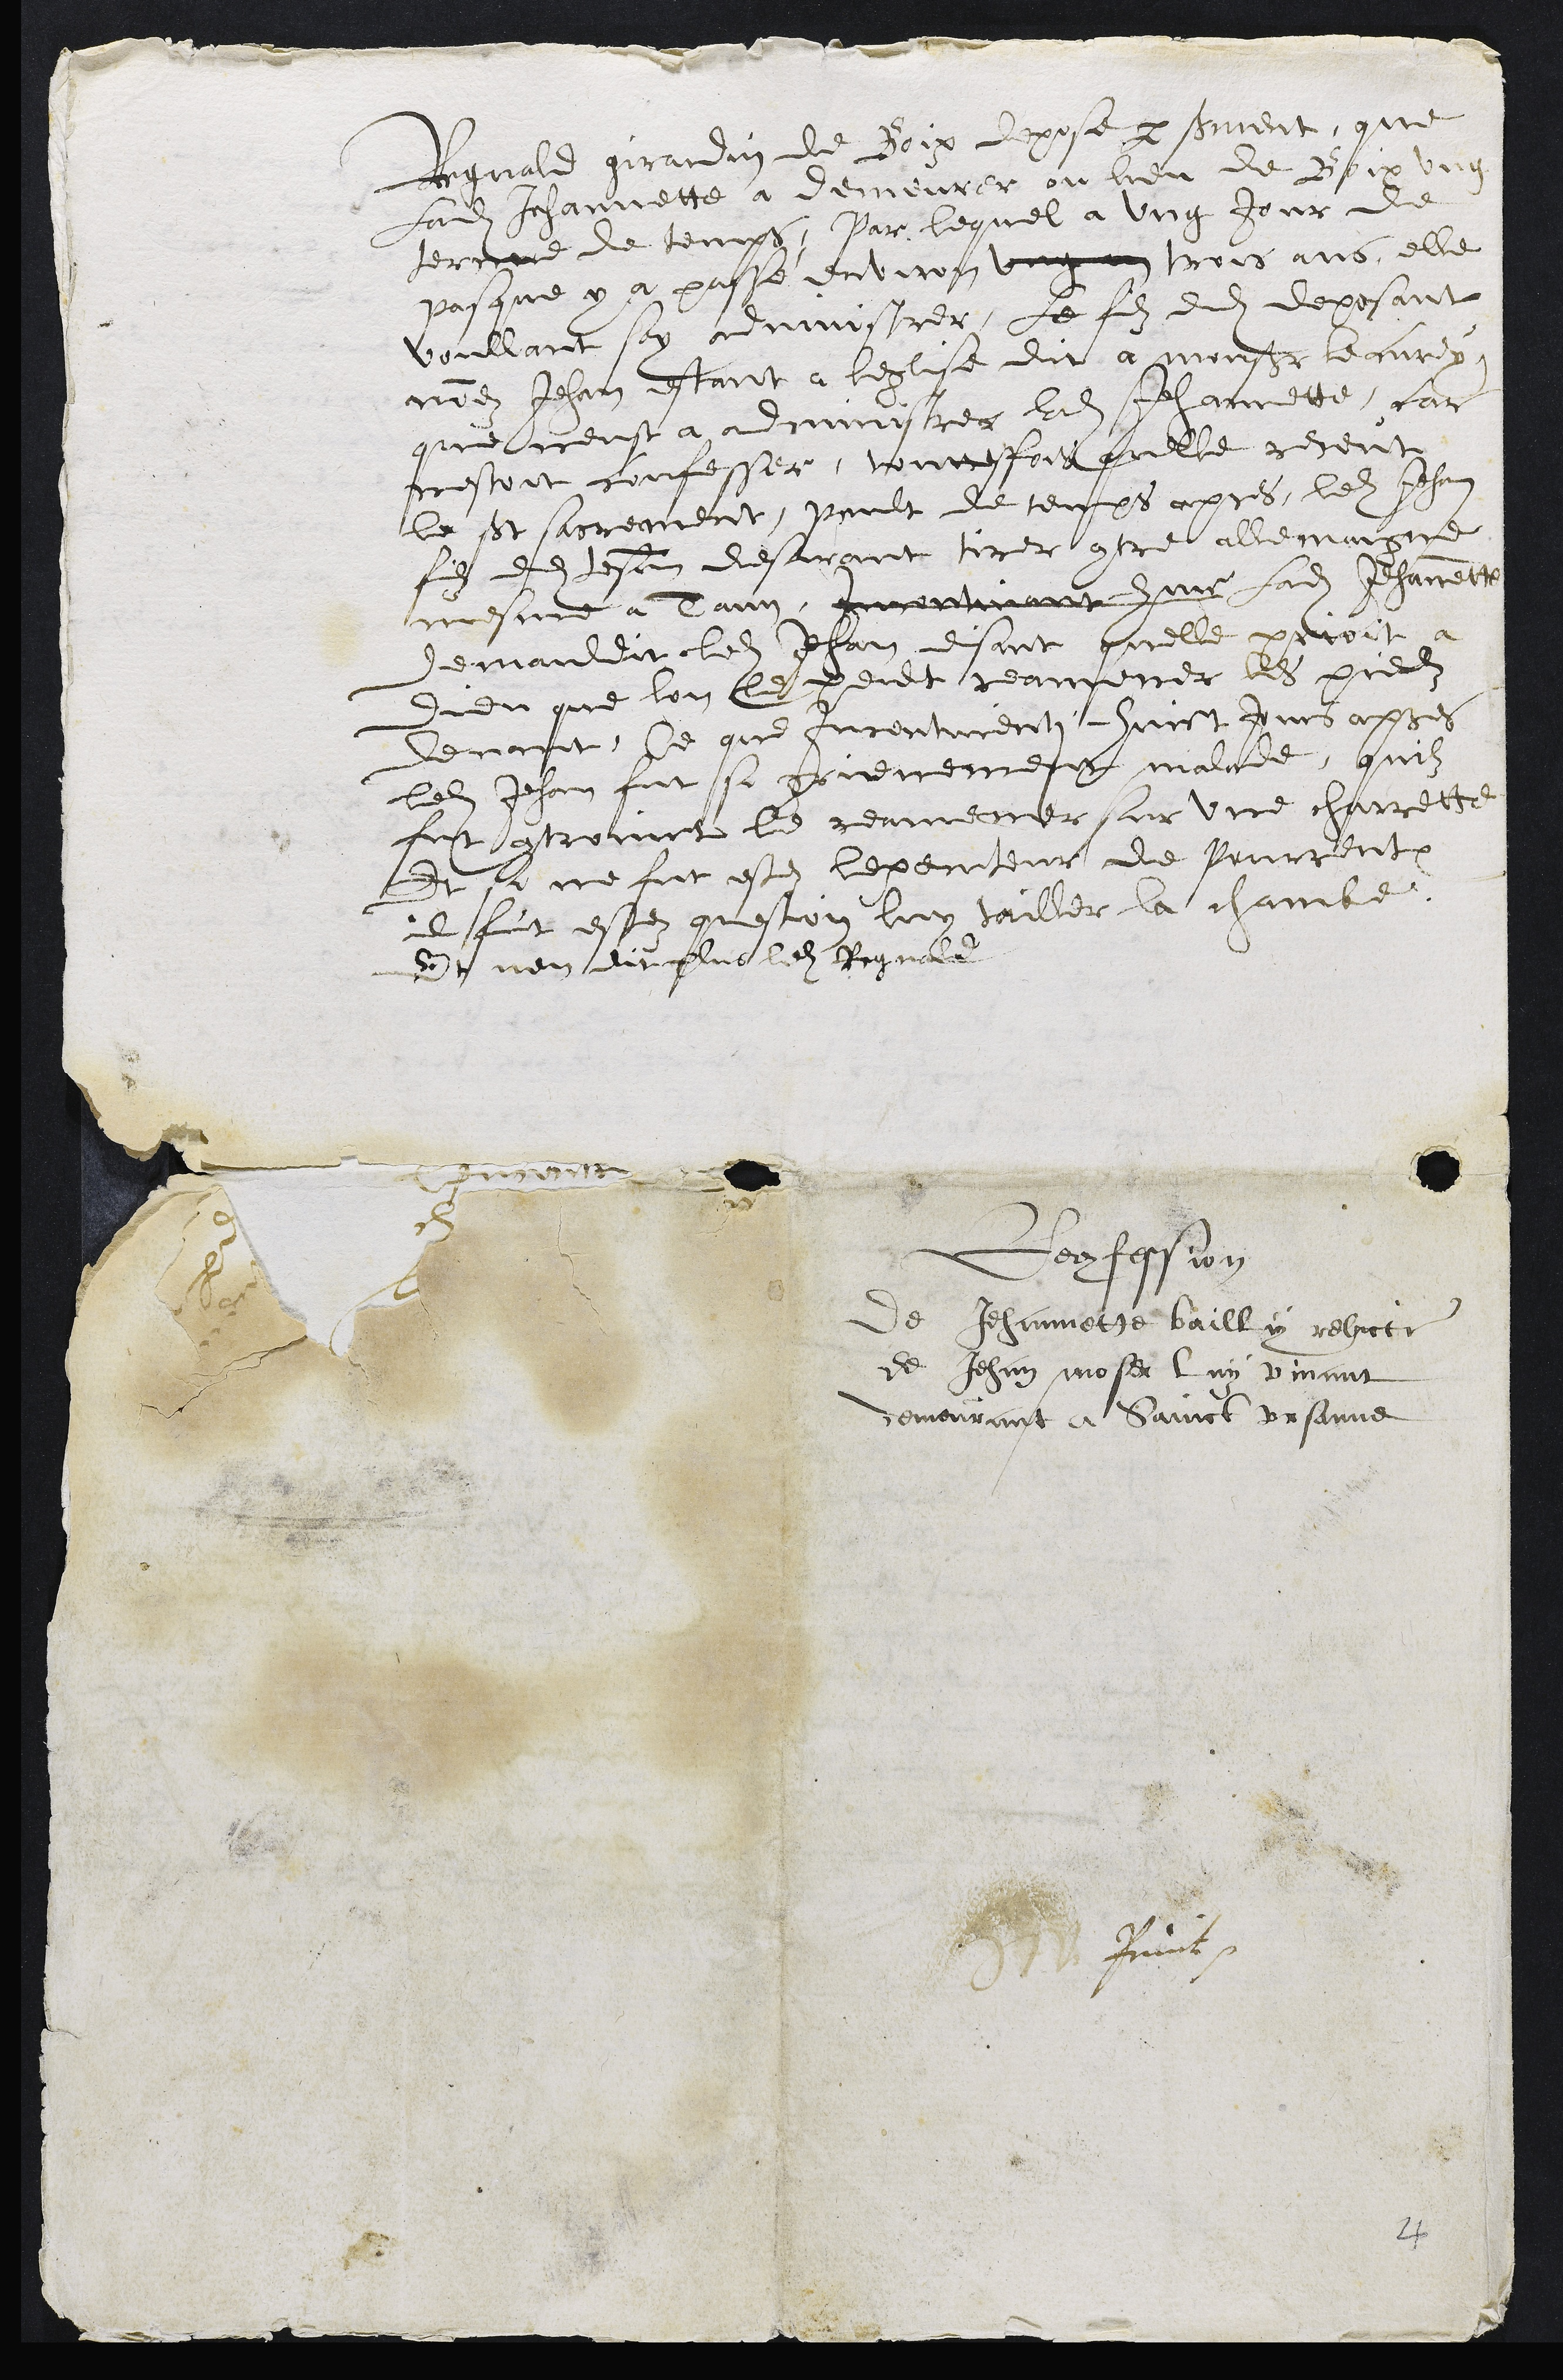
Regnald Girardin, de Buix, dépose par serment que
ladite Jeannette a demeuré au lieu de Buix un
terme de temps, par lequel, un jour de
Pâques, il y a passé environ trois ans, elle
voulant s’administrer, le fils dudit déposant
nommé Jean étant à l’église, dit à Monsieur le Curé
qu’il n’eut à administrer ladite Jeannette, car
elle n’était confessée. Toutefois, icelle reçut
le St. Sacrement. Peu de temps après, ledit Jean,
fils dudit déposant, désirant tirer contre elle magice
même à Carême (?) , ladite Jeannette
demanda ledit Jean, disant qu’elle priait à
Dieu qu’on le put ramener les pieds
devant. Ce que incontinent huit jours après
ledit Jean fut si grièvement malade, qu’il
fut contraint de le ramener sur une charrette.
Et si ne soit été l’exencteur de Porrentruy,
il a été question de lui tailler la jambe.
Et n’en dit plus ledit Regnald.

Reconfession
de Jeannette Bailly, relicte
de Jean Moser, lui vivant
demeurant à Saint-Ursanne.
St. U. ????